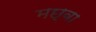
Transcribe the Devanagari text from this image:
मछ्वा